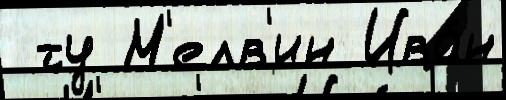
 ту М'елв'ин Ива́н